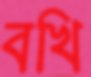
বখি